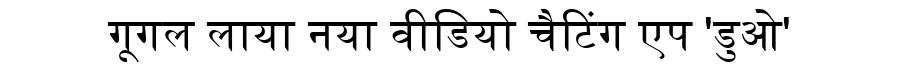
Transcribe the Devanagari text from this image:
गूगल लाया नया वीडियो चैटिंग एप 'डुओ'